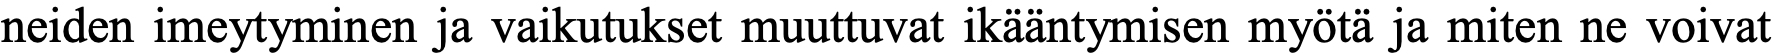
neiden imeytyminen ja vaikutukset muuttuvat ikääntymisen myötä ja miten ne voivat